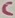
Text: C